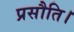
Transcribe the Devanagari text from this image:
प्रसौति।